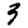
Digit: 3